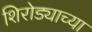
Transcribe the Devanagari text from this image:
शिरोड्याच्या